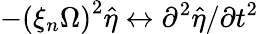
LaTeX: -\left(\xi_{n}\Omega\right)^{2}\hat{\eta}\leftrightarrow\partial^{2}\hat{\eta}/\partial t^{2}